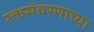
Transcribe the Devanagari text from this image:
रक्तसंचरणाच्या